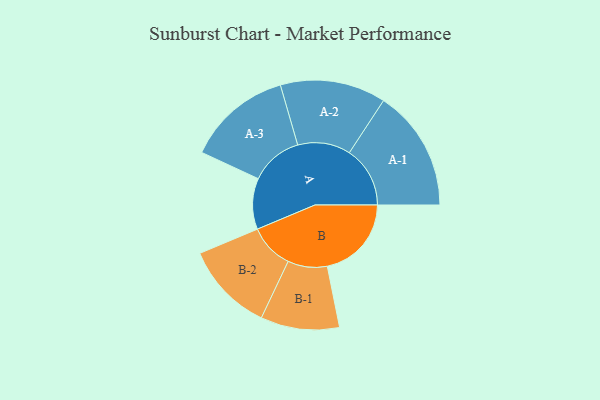
{"axis": {"x": "Segment", "y": "Value"}, "legend": ["", "A", "B"], "data": [{"x": "A", "y": 246, "type": ""}, {"x": "B", "y": 406, "type": ""}, {"x": "A-1", "y": 293, "type": "A"}, {"x": "A-2", "y": 255, "type": "A"}, {"x": "A-3", "y": 253, "type": "A"}, {"x": "B-1", "y": 190, "type": "B"}, {"x": "B-2", "y": 216, "type": "B"}]}